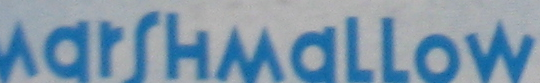
MarSHMaLLow